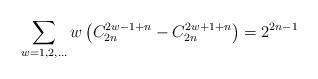
LaTeX: \begin{align*}\sum_{w=1,2,\ldots}w\left(C_{2n}^{2w-1+n}-C_{2n}^{2w+1+n}\right)=2^{2n-1}\end{align*}